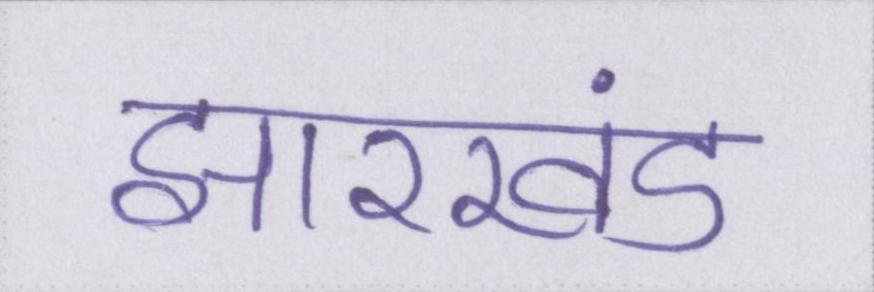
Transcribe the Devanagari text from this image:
झारखंड